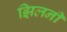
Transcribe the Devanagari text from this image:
झिलनी